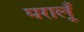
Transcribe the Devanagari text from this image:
घरालूँ